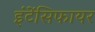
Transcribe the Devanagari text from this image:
इंटेंसिफायर